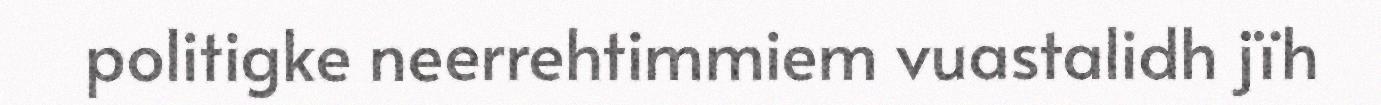
politigke neerrehtimmiem vuastalidh jïh